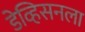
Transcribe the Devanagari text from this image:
डेव्हिसनला